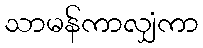
သာမန်ကာလျှံကာ